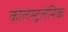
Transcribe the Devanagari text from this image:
कोलेस्ट्रलेमिक